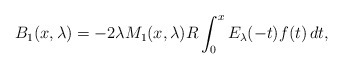
\begin{align*}B_1(x,\lambda)= -2\lambda M_1(x,\lambda)R\int_0^x E_\lambda(-t) f(t)\,dt,\end{align*}